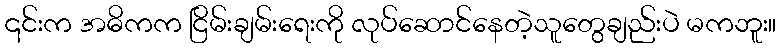
၎င်းက အဓိကက ငြိမ်းချမ်းရေးကို လုပ်ဆောင်နေတဲ့သူတွေချည်းပဲ မကဘူး။